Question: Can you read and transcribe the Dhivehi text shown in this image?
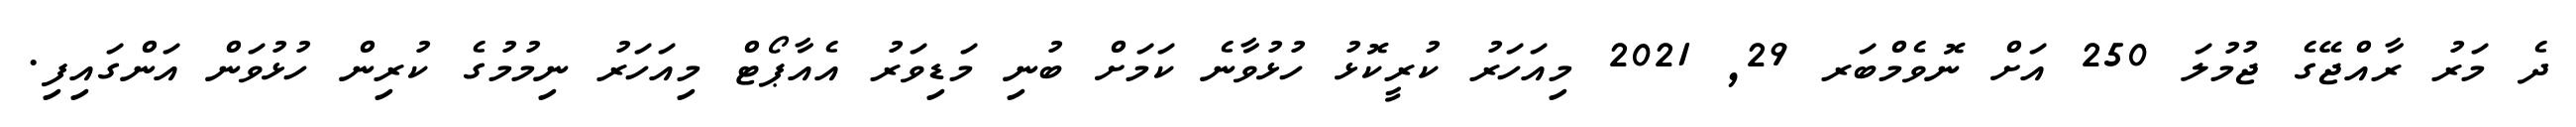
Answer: ދެ މަރު ރާއްޖޭގެ ޖުމުލަ 250 އަށް ނޮވެމްބަރ 29, 2021 މިއަހަރު ކުރީކޮޅު ހުޅުވާނެ ކަމަށް ބުނި މަޑިވަރު އެއާޕޯޓް މިއަހަރު ނިމުމުގެ ކުރިން ހުޅުވަން އަންގައިފި.